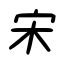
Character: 宋